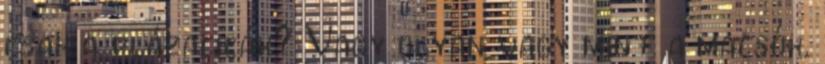
csak a plázacicák? Vagy olyan vagy mint a macsók,